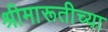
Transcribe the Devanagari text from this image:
श्रीमारूतीच्या